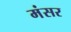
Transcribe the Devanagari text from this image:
मंसर